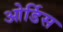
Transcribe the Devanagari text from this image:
ओर्डिस